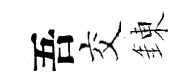
吾交錬